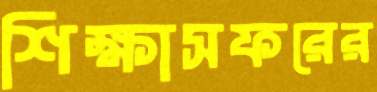
শিক্ষাসফরের